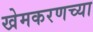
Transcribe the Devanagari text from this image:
खेमकरणच्या